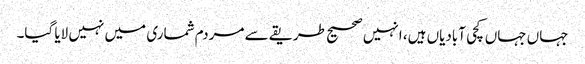
جہاں جہاں کچی آبادیاں ہیں، انہیں صحیح طریقے سے مردم شماری میں نہیں لایا گیا۔